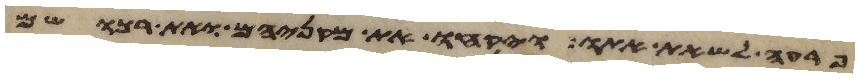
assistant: פרעה לשאת אתו ויקחו את מקניהם ואת רכושם